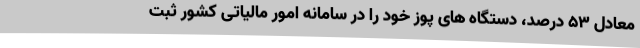
معادل 53 درصد، دستگاه های پوز خود را در سامانه امور مالیاتی کشور ثبت